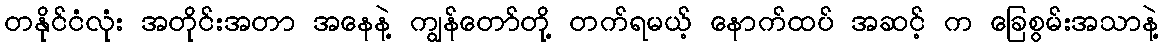
တနိုင်ငံလုံး အတိုင်းအတာ အနေနဲ့ ကျွန်တော်တို့ တက်ရမယ့် နောက်ထပ် အဆင့် က ခြေစွမ်းအသာနဲ့